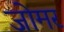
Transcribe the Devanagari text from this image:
जोमर